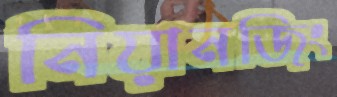
নিয়ানজিং